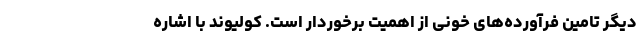
دیگر تامین فرآورده‌های خونی از اهمیت برخوردار است. کولیوند با اشاره